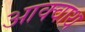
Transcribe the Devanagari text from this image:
आक्वाथ